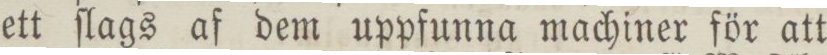
ett ſlags af dem uppfunna machiner för att